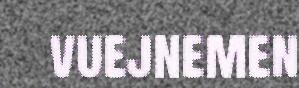
vuejnemen